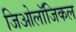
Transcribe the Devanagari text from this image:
जिओलॉजिकल